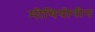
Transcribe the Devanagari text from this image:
मीथियोनीन